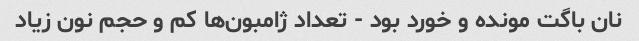
نان باگت مونده و خورد بود - تعداد ژامبون‌ها کم و حجم نون زیاد